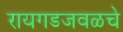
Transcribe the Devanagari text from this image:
रायगडजवळचे